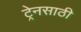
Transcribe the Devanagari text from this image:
ट्रेनसाठी